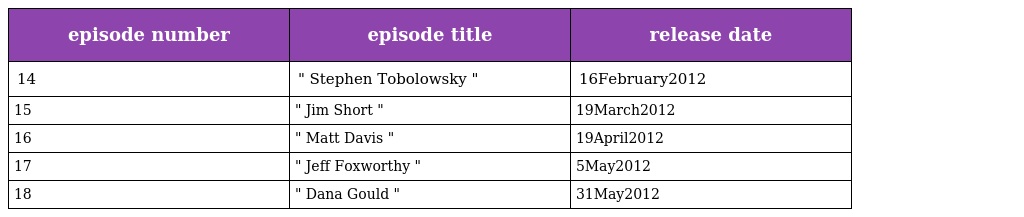
| episode number | episode title | release date |
 | --- | --- | --- |
 | 14 | " Stephen Tobolowsky " | 16February2012 |
 | 15 | " Jim Short " | 19March2012 |
 | 16 | " Matt Davis " | 19April2012 |
 | 17 | " Jeff Foxworthy " | 5May2012 |
 | 18 | " Dana Gould " | 31May2012 |